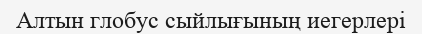
Алтын глобус сыйлығының иегерлері